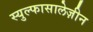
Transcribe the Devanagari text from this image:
स्युल्फासालेज़ीन